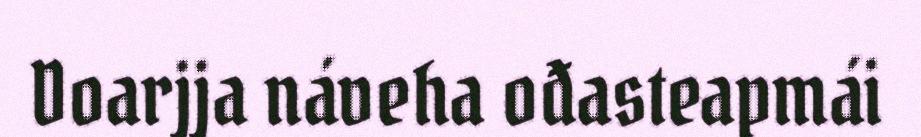
Doarjja náveha ođasteapmái